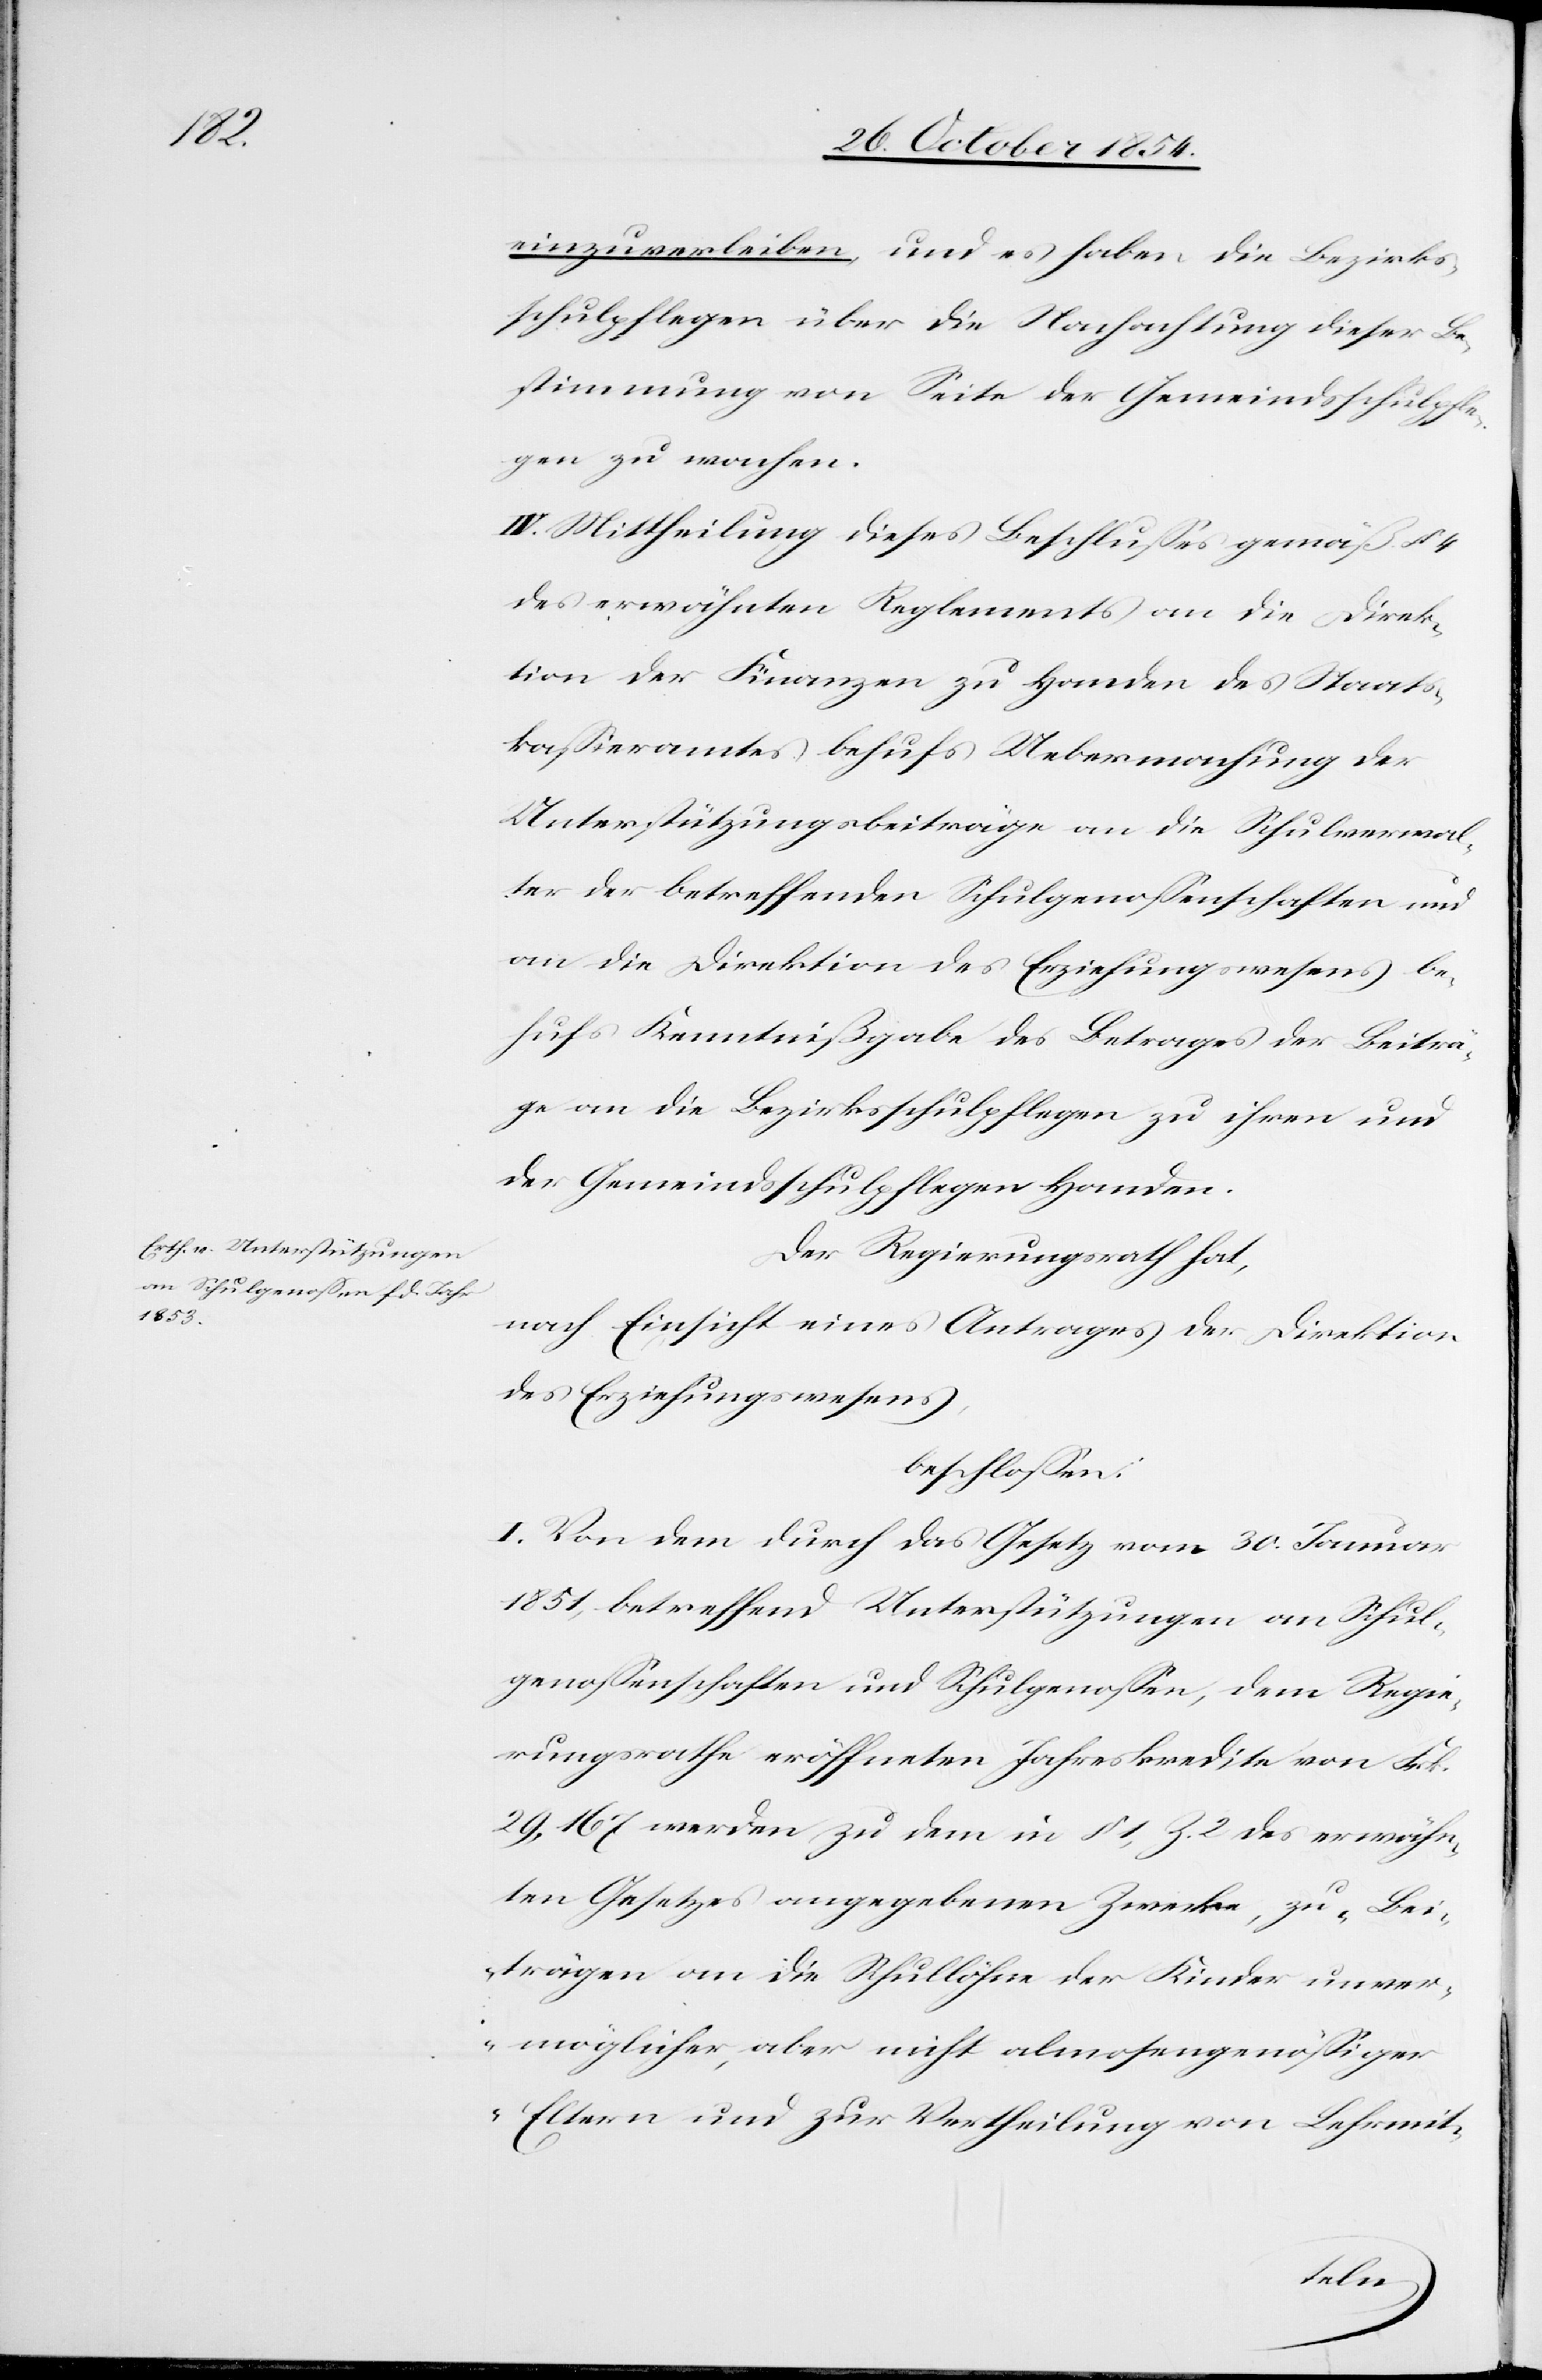
einzuverleiben, und es haben die Bezirks¬
schulpflegen über die Nachachtung dieser Be¬
stimmung von Seite der Gemeindsschulpfle¬
gen zu wachen.
IV. Mittheilung dieses Beschlußes gemäß § 4
des erwähnten Reglements an die Direk¬
tion der Finanzen zu Handen des Staats¬
kaßieramtes behufs Uebermachung der
Unterstützungsbeiträge an die Schulverwal¬
ter der betreffenden Schulgenoßenschaften und
an die Direktion des Erziehungswesens be¬
hufs Kenntnißgabe des Betrages der Beiträ¬
ge an die Bezirksschulpflegen zu ihren und
der Gemeindsschulpflegen Handen.
Der Regierungsrath hat,
nach Einsicht eines Antrages der Direktion
des Erziehungswesens,
beschloßen:
I. Von dem durch das Gesetz vom 30. Januar
1851, betreffend Unterstützungen an Schul¬
genoßenschaften und Schulgenoßen, dem Regie¬
rungsrathe eröffneten Jahreskredite von Frk.
29,167 werden zu dem in § 1, Z. 2 des erwähn¬
ten Gesetzes angegebenen Zwecke, zu „Bei¬
trägen an die Schullöhne der Kinder unver¬
möglicher, aber nicht almosengenößiger
Eltern und zur Vertheilung von Lehrmit-